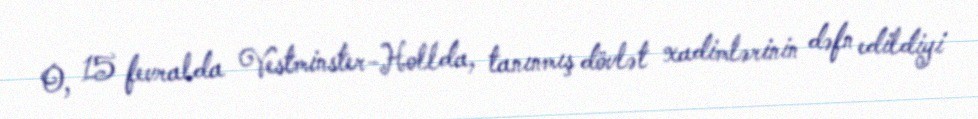
O, 15 fevralda Vestminster-Hollda, tanınmış dövlət xadimlərinin dəfn edildiyi